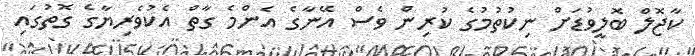
ކާޖޮލް ބޮލީވުޑަށް ނިކުތުމުގެ ކުރިން ވެސް އޭނާގެ އެންމެ ގާތް އެކުވެރިޔާގެ ގޮތުގައި